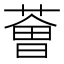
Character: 𦸥